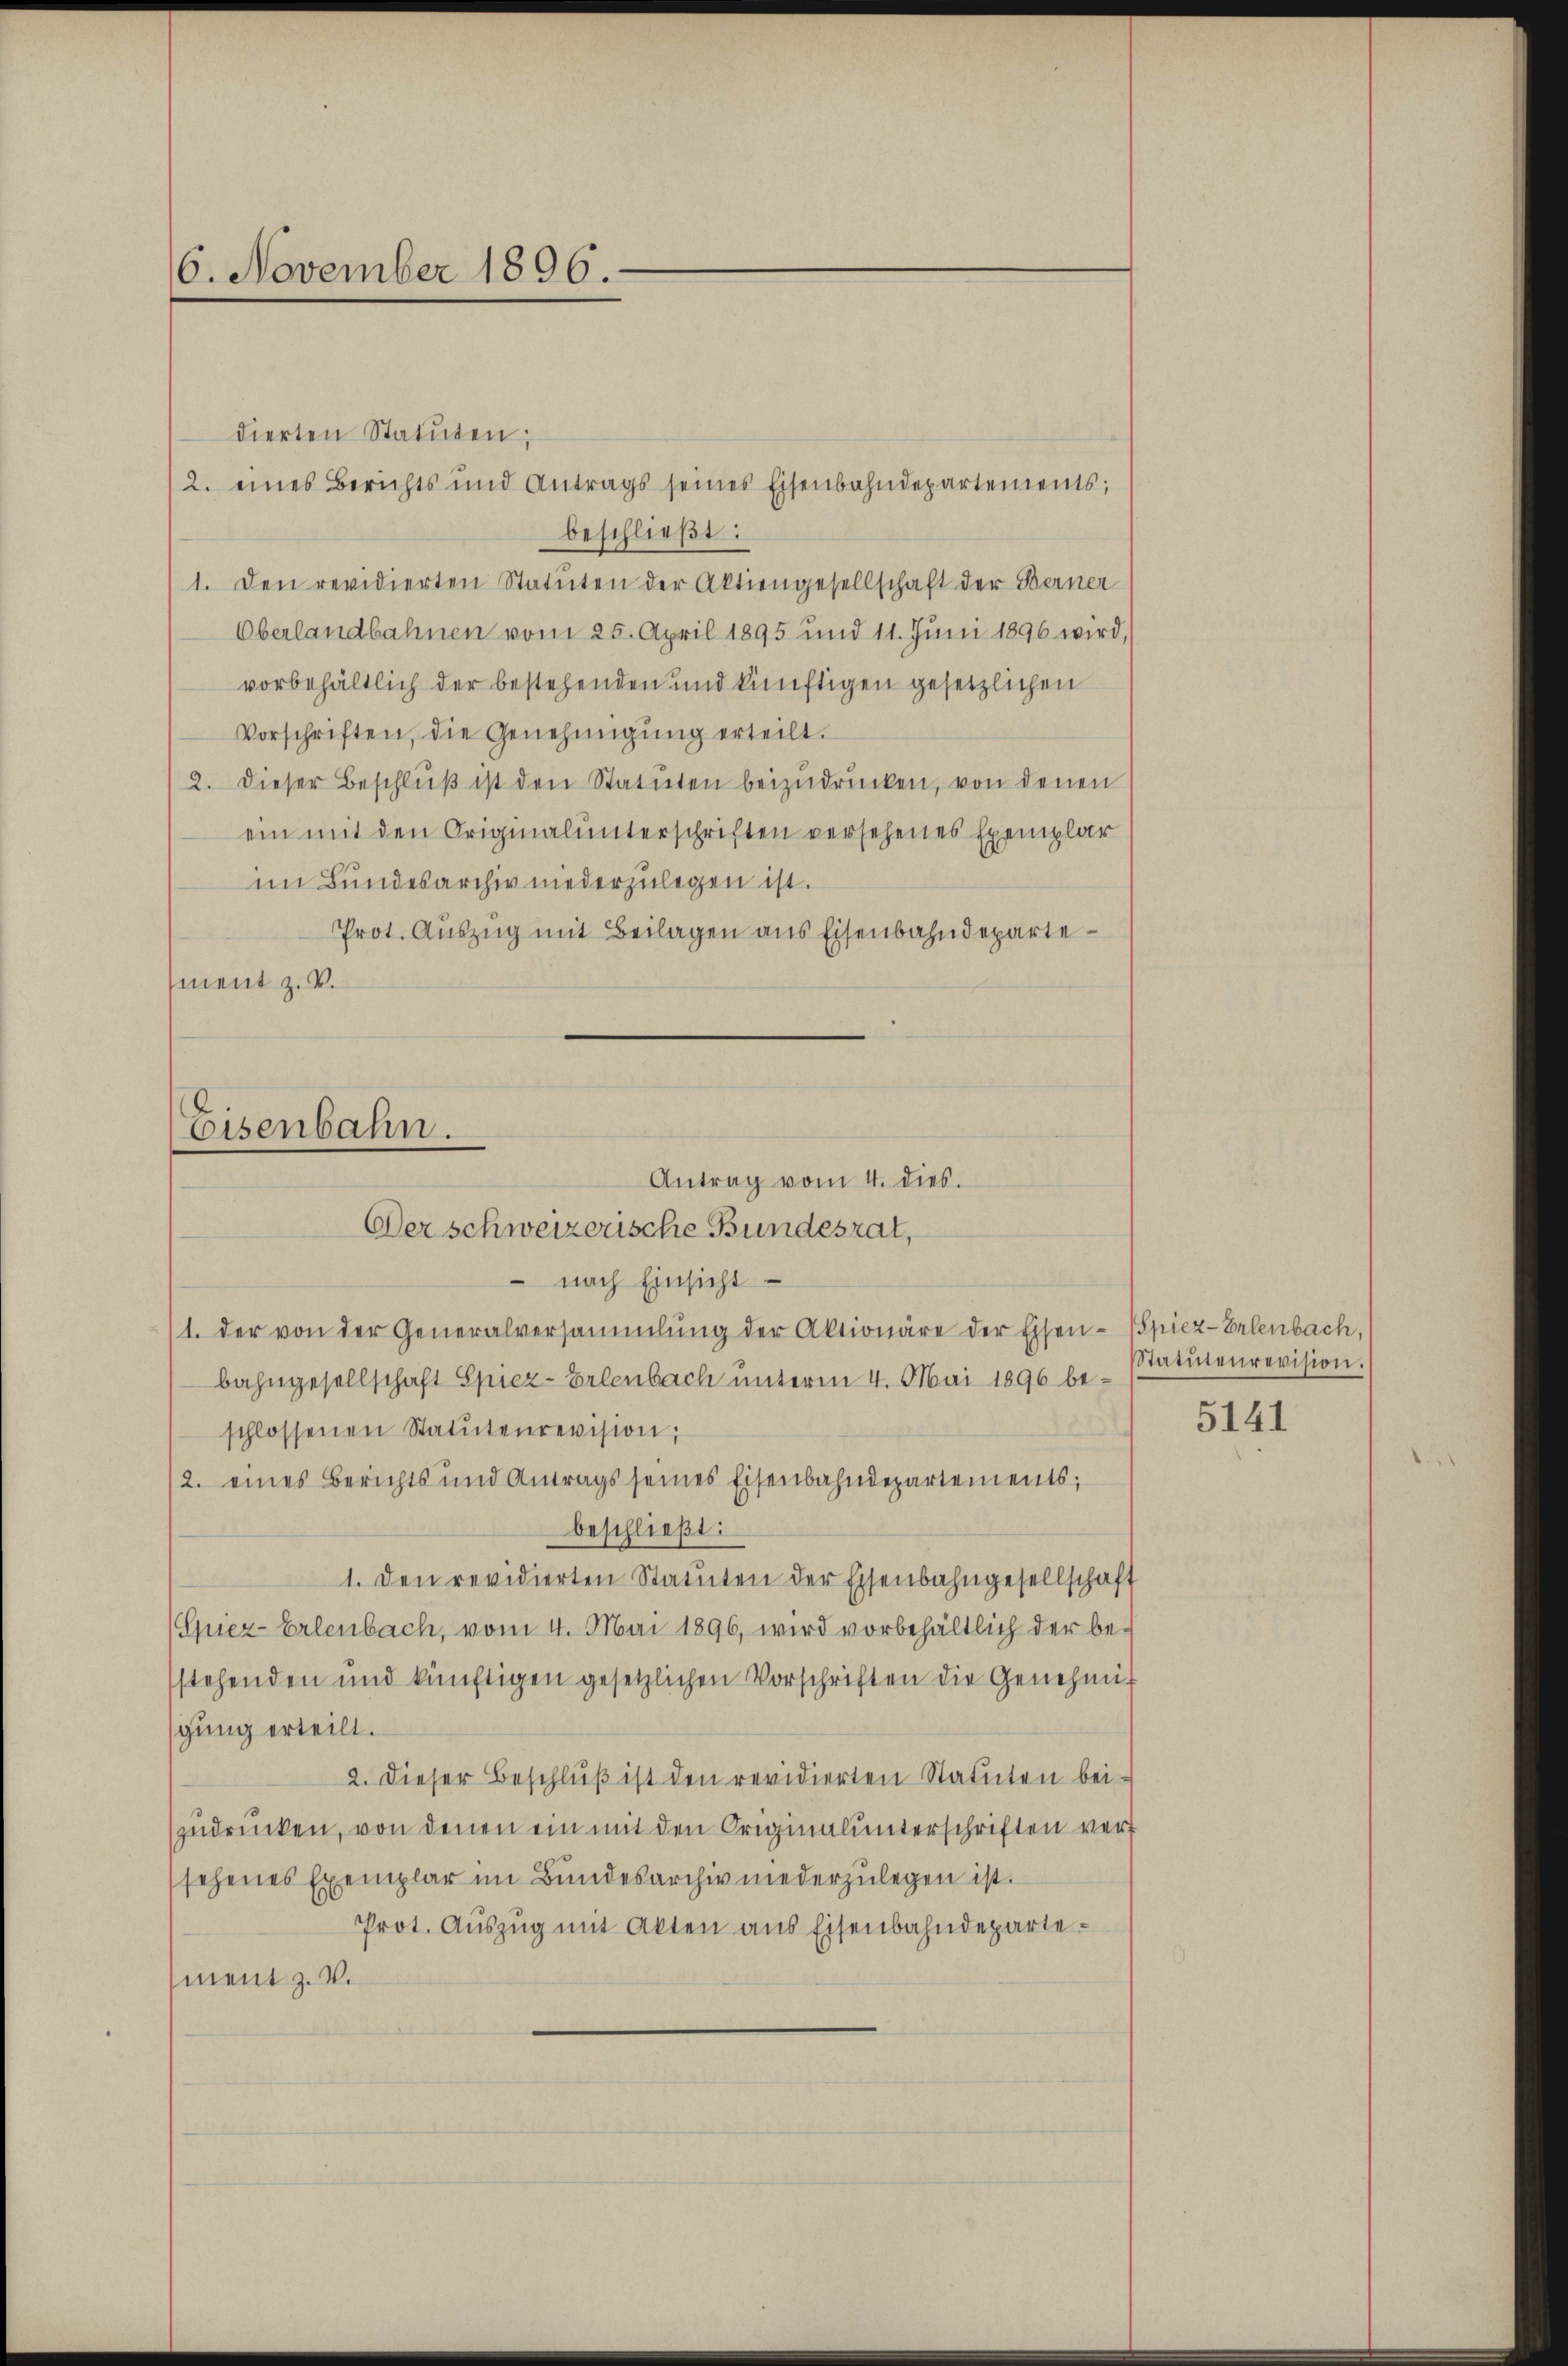
16. November 1896.

dierten Statuten;
2. eines Berichts und Antrags seines Eisenbahndepartements;
beschließt:
1. Den revidierten Statuten der Aktiengesellschaft der Berner
Oberlandbahnen vom 25. April 1895 und 11. Jŭni 1896 wird,
vorbehältlich der bestehenden und künftigen gesetzlichen
Vorschriften, die Genehmigŭng erteilt.
2. dieser Beschlŭβ ist den Statuten beizŭdrücken, von denen
ein mit den Originalunterschriften versehenes Exemplar
im Bundesarchiv niederzŭlegen ist.
Prot. Auszug mit Beilagen aus Eisenbahndepartement z. B.

nach Einsicht
1. der von der Generalversammlung der Aktionäre der Eisen- Spiez-Erlenbach,
bahngesellschaft Spiez-Erlenbach unterm 4. Mai 1896 beschlossenen Statŭtenrevision,
12. eines Berichts und Antrags seines Eisenbahndepartements;
beschließt:
1. Den revidierten Statuten der Eisenbahngesellschaft
(Giez-Erlenbach, vom 4. Mai 1896, wird vorbehältlich der bestehenden und künftigen gesetzlichen Vorschriften die Genehmig
gung erteilt.
2. Dieser Beschluß ist den revidierten Statuten beizudrücken, von denen ein mit den Originalunterschriften versehenes Exemplar im Bundesarchiv niederzŭlegen ist.
Prot. Aŭszŭg mit Akten aus Eisenbahndeparte
ment z. V.

Eisenbahn.
Antrag vom 4. dies.
Der schweizerische Bundesrat,

Statutenrevision.

5141